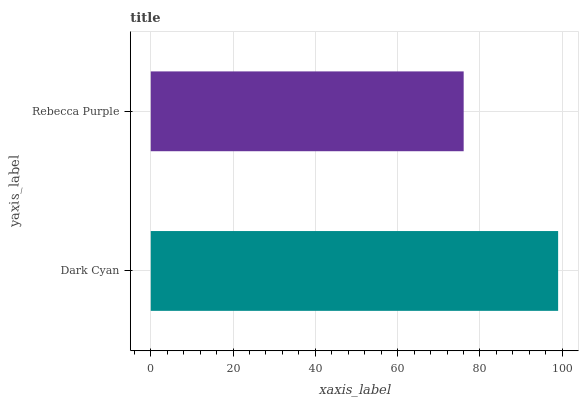
| yaxis_label | bars |
 | --- | --- |
 | Dark Cyan | 99 |
 | Rebecca Purple | 76 |